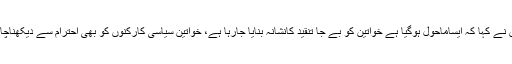
انہوں نے کہا کہ ایساماحول ہوگیا ہے خواتین کو بے جا تنقید کانشانہ بنایا جارہا ہے، خواتین سیاسی کارکنوں کو بھی احترام سے دیکھناچاہئے۔